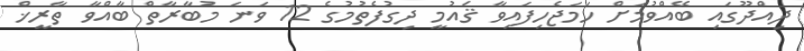
ދިއްދޫގައި ބޭއްވުމަށް ހަމަޖެހިފައިވާ ޤައުމީ ދިގުފެތުމުގެ 12 ވަނަ މުބާރާތް ބާއްވާ ތާރީޚް